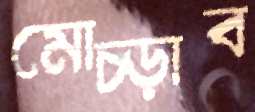
মোচ্‌ড়াব